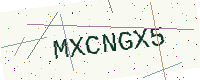
Text: MXCNGX5